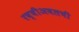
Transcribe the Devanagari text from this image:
रब्बीअवलची